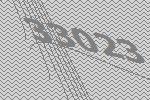
33023